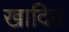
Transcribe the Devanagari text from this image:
खादिव